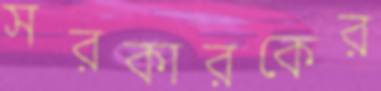
সরকারকের